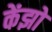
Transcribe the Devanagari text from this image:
केंझो